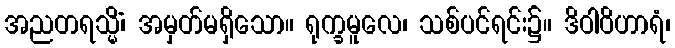
အညတရသ္မိံ၊ အမှတ်မရှိသော။ ရုက္ခမူလေ၊ သစ်ပင်ရင်း၌။ ဒိဝါဝိဟာရံ၊